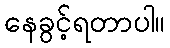
နေခွင့်ရတာပါ။